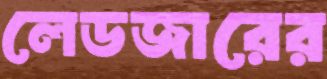
লেডজারের